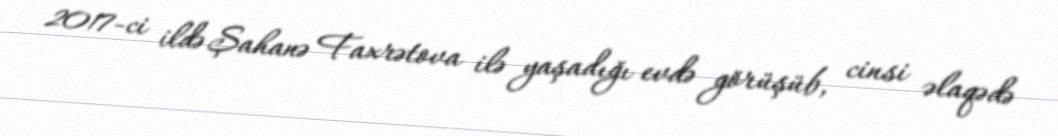
2017-ci ildə Şahanə Faxrətova ilə yaşadığı evdə görüşüb, cinsi əlaqədə